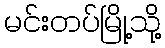
မင်းတပ်မြို့သို့